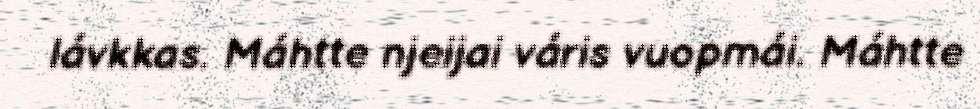
lávkkas. Máhtte njeijai váris vuopmái. Máhtte